Veterinary [1904] -
Year: 1904
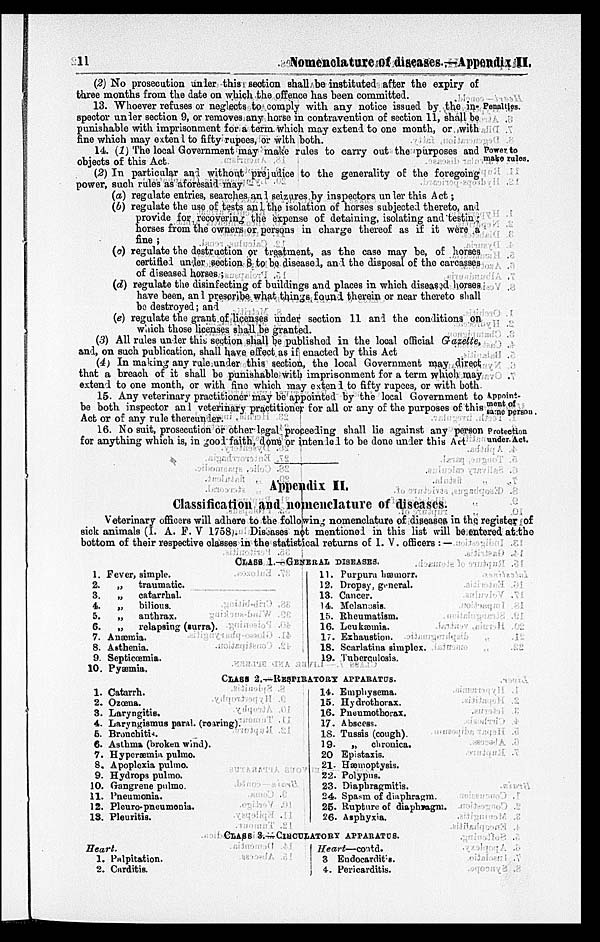
11
Nomenclature of diseases.—Appendix II.
(2) No prosecution under this section shall be instituted after the expiry of
three months from the date on which the offence has been committed.
Penalties.
13. Whoever refuses or neglects to comply with any notice issued by the in-
spector under section 9, or removes any horse in contravention of section 11, shall be
punishable with imprisonment for a term which may extend to one month, or with
fine which may extend to fifty rupees, or with both.
Power to
make rules.
14. (1) The local Government may make rules to carry out the purposes and
objects of this Act.
(2) In particular and without prejudice to the generality of the foregoing
power, such rules as aforesaid may
(a) regulate entries, searches and seizures by inspectors under this Act;
(b) regulate the use of tests and the isolation of horses subjected thereto, and
provide for recovering the expense of detaining, isolating and testing
horses from the owners or persons in charge thereof as if it were a
fine ;
(c) regulate the destruction or treatment, as the case may be, of horses
certified under section 8 to be diseased, and the disposal of the carcasses
of diseased horses ;
(d) regulate the disinfecting of buildings and places in which diseased horses
have been, and prescribe what things found therein or near thereto shall
be destroyed; and
(e) regulate the grant of licenses under section 11 and the conditions on
which those licenses shall be granted.
(3) All rules under this. section shall be published in the local official Gazette,
and, on such publication, shall have effect as if enacted by this Act
(4) In making any rule under this section, the local Government may direct
that a breach of it shall be punishable with imprisonment for a term which may
extend to one month, or with fine which may extend to fifty rupees, or with both
Appoint-
ment of
same person.
15. Any veterinary practitioner may be appointed by the local Government to
be both inspector an 1 veterinary practitioner for all or any of the purposes of this
Act or of any rule thereunder.
Protection
under. Act.
16. No suit, prosecution or other legal proceeding shall lie against any person
for anything which is, in good faith, done or intended to be done under this Act
Appendix II,
Classification and nomenclature of diseases.
Veterinary officers will adhere to the following nomenclature of diseases, in the register of
sick animals (I. A. F. V 1758). Diseases not mentioned in this list will be entered at the
bottom of their respective classes in the statistical returns of I. V. officers : —
CLASS 1.—GENERAL DISEASES.
1.
2.
3.
4.
5.
6.
7.
8.
9.
10.
Fever, simple.
„
traumatic.
„
catarrhal.
„
bilious.
„
anthrax.
„
relapsing (surra).
Anæmia.
Asthenia.
Septicœmia.
Pyæmia.
11.
12.
18.
14.
15.
16.
17.
18.
19.
Purpura liæmorr.
Dropsy, general.
Cancer.
Melanosis.
Rheumatism.
Leukæmia.
Exhaustion.
Scarlatina simplex.
Tuberculosis.
CLASS 2.—RESPIRATORY APPARATUS.
1.
2.
3.
4.
5.
6.
7.
8.
9.
10.
11.
12.
13.
Catarrh.
Ozœna.
Laryngitis.
Laryngismus paral. (roaring).
Bronchitis.
Asthma (broken wind).
Hyperæmia pulmo.
Apoplexia pulmo.
Hydrops pulmo.
Gangrene pulmo.
Pneumonia.
Pleuro-pneumonis.
Pleuritis.
14.
15.
16.
17.
18.
19.
20
21.
22.
23.
24.
25.
26.
Emphysema.
Hydrothorax.
Pneumothorax.
Abscess.
Tussis (cough).
„ chronica.
Epistaxis.
Hæmoptysis.
Polypus.
Diaphragmitis.
Spasm of diaphragm.
Rupture of diaphragm.
Asphyxia.
CLASS 3.—CIRCULATORY APPARATUS.
Heart.
1.
2.
Palpitation.
Carditis.
Heart—contd.
3
4.
Endocarditis.
Pericarditis.